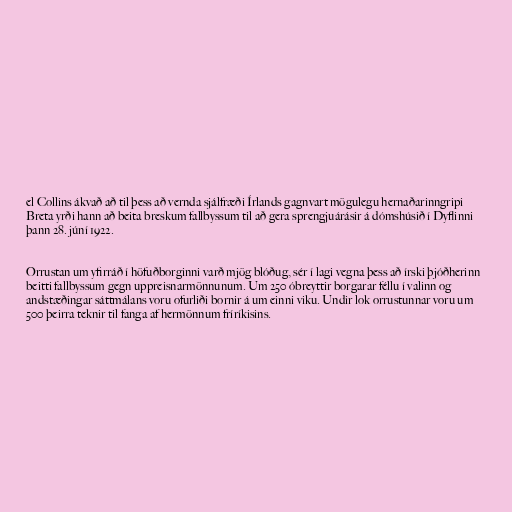
el Collins ákvað að til þess að vernda sjálfræði Írlands gagnvart mögulegu hernaðarinngripi
Breta yrði hann að beita breskum fallbyssum til að gera sprengjuárásir á dómshúsið í Dyflinni
þann 28. júní 1922.

Orrustan um yfirráð í höfuðborginni varð mjög blóðug, sér í lagi vegna þess að írski þjóðherinn
beitti fallbyssum gegn uppreisnarmönnunum. Um 250 óbreyttir borgarar féllu í valinn og
andstæðingar sáttmálans voru ofurliði bornir á um einni viku. Undir lok orrustunnar voru um
500 þeirra teknir til fanga af hermönnum fríríkisins.